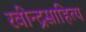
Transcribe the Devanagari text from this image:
रवीन्द्रसाहित्य